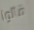
قالوا